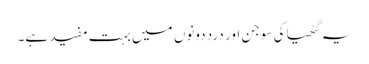
یہ گٹھیا کی سوجن اور درد دونوں میں بہت مفید ہے۔